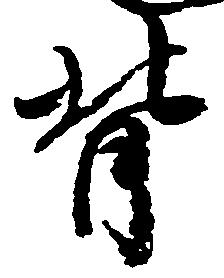
背